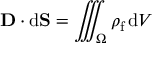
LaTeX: \mathbf { D } \cdot \mathrm { d } \mathbf { S } = \iiint _ { \Omega } \rho _ { \mathrm { f } } \, \mathrm { d } V